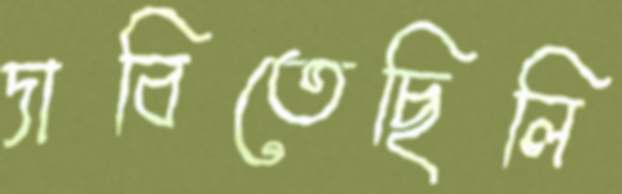
দাবিতেছিলি